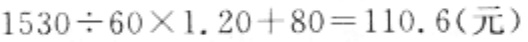
$1530\div 60\times 1.20 + 80 = 110.6(元)$